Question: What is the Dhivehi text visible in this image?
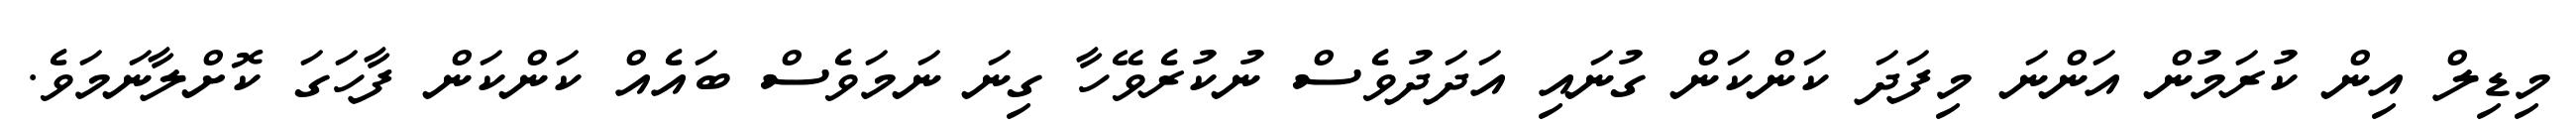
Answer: މިޑިލް އިން ކުރަމުން އަންނަ މިފަދަ ކަންކަން ގުނައި އަދަދުވެސް ނުކުރެވޭހާ ގިނަ ނަމަވެސް ބައެއް ކަންކަން ފާހަގަ ކޮށްލާނަމަވެ.